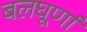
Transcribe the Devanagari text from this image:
बलघूर्णा